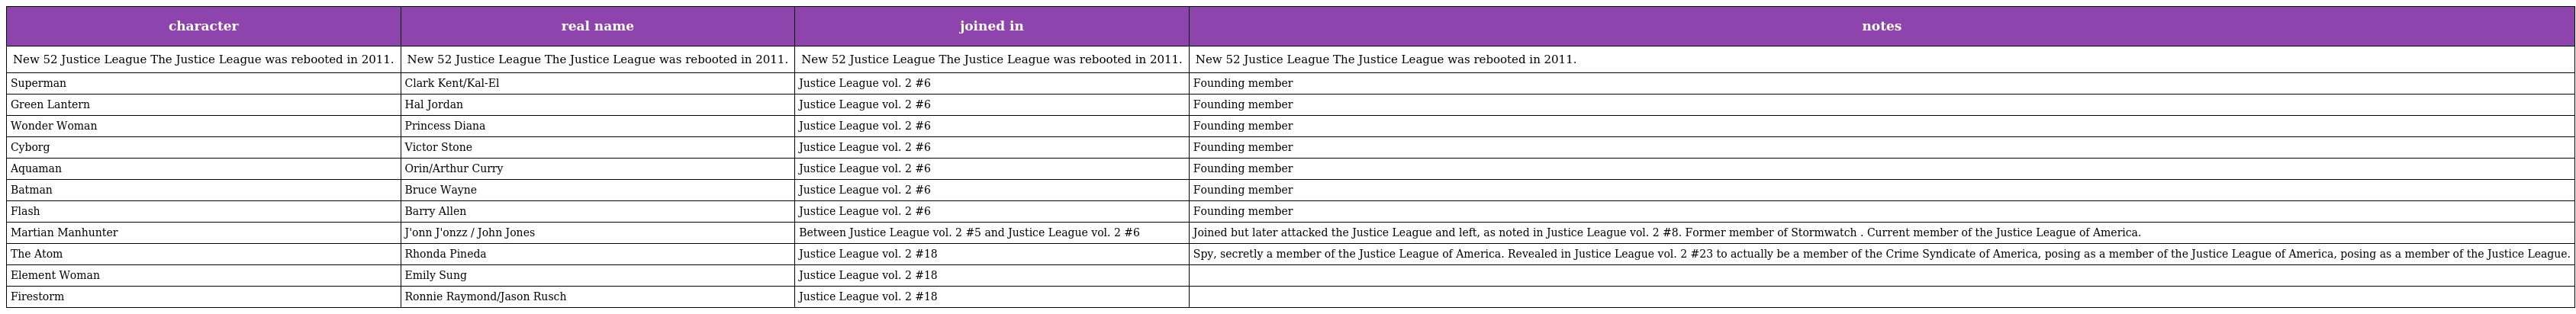
| character | real name | joined in | notes |
 | --- | --- | --- | --- |
 | New 52 Justice League The Justice League was rebooted in 2011. | New 52 Justice League The Justice League was rebooted in 2011. | New 52 Justice League The Justice League was rebooted in 2011. | New 52 Justice League The Justice League was rebooted in 2011. |
 | Superman | Clark Kent/Kal-El | Justice League vol. 2 #6 | Founding member |
 | Green Lantern | Hal Jordan | Justice League vol. 2 #6 | Founding member |
 | Wonder Woman | Princess Diana | Justice League vol. 2 #6 | Founding member |
 | Cyborg | Victor Stone | Justice League vol. 2 #6 | Founding member |
 | Aquaman | Orin/Arthur Curry | Justice League vol. 2 #6 | Founding member |
 | Batman | Bruce Wayne | Justice League vol. 2 #6 | Founding member |
 | Flash | Barry Allen | Justice League vol. 2 #6 | Founding member |
 | Martian Manhunter | J'onn J'onzz / John Jones | Between Justice League vol. 2 #5 and Justice League vol. 2 #6 | Joined but later attacked the Justice League and left, as noted in Justice League vol. 2 #8. Former member of Stormwatch . Current member of the Justice League of America. |
 | The Atom | Rhonda Pineda | Justice League vol. 2 #18 | Spy, secretly a member of the Justice League of America. Revealed in Justice League vol. 2 #23 to actually be a member of the Crime Syndicate of America, posing as a member of the Justice League of America, posing as a member of the Justice League. |
 | Element Woman | Emily Sung | Justice League vol. 2 #18 |  |
 | Firestorm | Ronnie Raymond/Jason Rusch | Justice League vol. 2 #18 |  |